Mental hospitals Bombay report 1921-28 - 1921-1928
Year: 1921
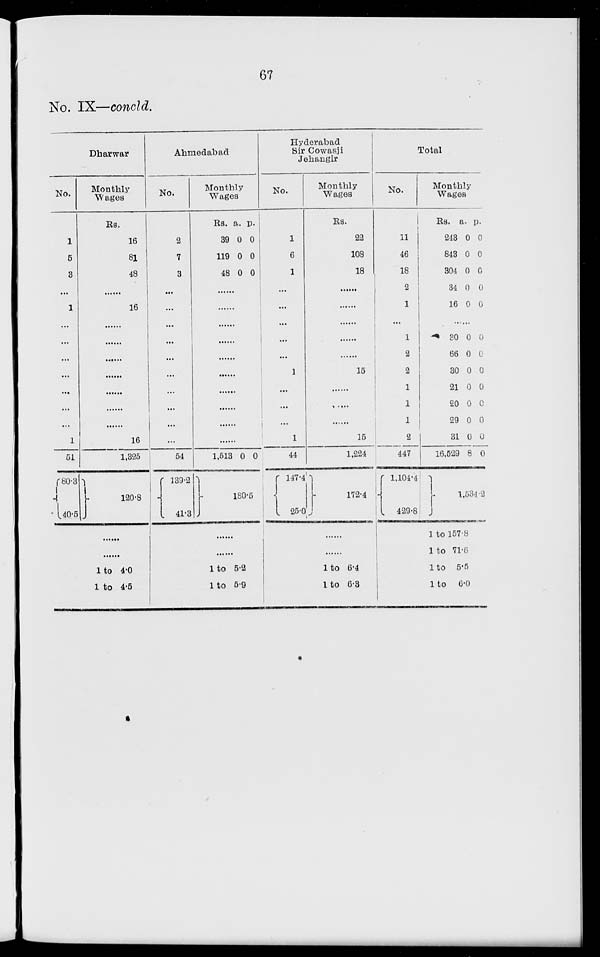
67
No. IX—concld.
Dharwar
No.
1
5
3
...
1
...
...
...
...
...
...
...
1
51
80.3
40.5
Monthly
Wages
Rs.
16
81
48
......
16
......
......
......
......
......
......
......
16
1,325
120.8
......
......
1 to 4.0
1 to 4.5
Ahmedabad
No.
2
7
3
...
...
...
...
...
...
...
...
...
...
54
139.2
41.3
Monthly
Wages
Rs.
39
119
48
a.
0
0
0
p.
0
0
0
......
......
......
......
......
......
......
......
......
......
1,513 0
180.
0
5
......
......
1 to 5.2
1 to 5.9
Hyderabad
Sir Cowasji
Jehangir
No.
1
6
1
...
...
...
...
...
1
...
...
...
1
44
147.4
25.0
1
1
1
Monthly
Wages
Rs.
22
108
18
......
......
......
......
......
15
......
......
......
15
1,224
172.4
......
......
1 to 6.4
1 to 6.3
Total
No.
1
11
46
18
2
1
...
1
2
2
1
1
1
2
447
1,104.4
429.8
Monthly
Wages
Rs.
243
843
304
34
16
a.
0
0
0
0
0
p.
0
0
0
0
0
......
30
66
30
21
20
29
31
16,529
0
0
0
0
0
0
0
8
0
0
0
0
0
0
0
0
1,534.2
1 to 157.8
1 to 71.6
1 to 5.5
1 to
6.0